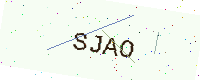
Text: SJAO